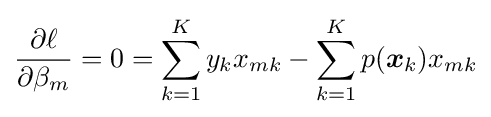
{\frac {\partial \ell }{\partial \beta _{m}}}=0=\sum _{k=1}^{K}y_{k}x_{mk}-\sum _{k=1}^{K}p({\boldsymbol {x}}_{k})x_{mk}